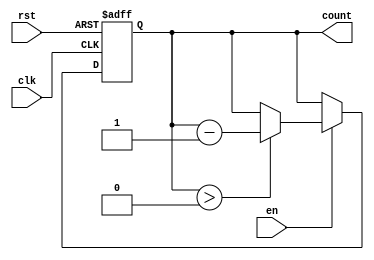
module down_counter #(
    parameter N = 3 // Number of bits for the counter (can be changed as needed)
)(
    input wire clk,    // Clock signal
    input wire rst,    // Asynchronous reset signal
    input wire en,     // Enable signal
    output reg [N-1:0] count // Current count value
);

// State encoding
localparam MAX_COUNT = (1 << N) - 1; // Maximum count value (2^N - 1)

// Sequential logic for the down counter
always @(posedge clk or posedge rst) begin
    if (rst) begin
        count <= MAX_COUNT; // Reset to maximum value
    end else if (en) begin
        if (count > 0) begin
            count <= count - 1; // Decrement the count
        end
        // If count is already 0, it remains 0
    end
end

endmodule